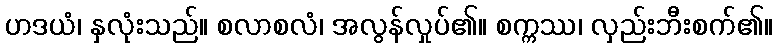
ဟဒယံ၊ နှလုံးသည်။ စလာစလံ၊ အလွန်လှုပ်၏။ စက္ကဿ၊ လှည်းဘီးစက်၏။